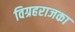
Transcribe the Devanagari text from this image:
विग्रहराजका